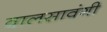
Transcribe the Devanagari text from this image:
वालसावंगी